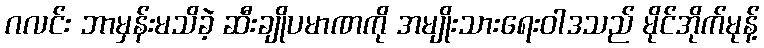
ဂလင်း ဘာမှန်းမသိခဲ့ ဆီးချိုပမာဏကို အမျိုးသားရေးဝါဒသည် မိုင်အိုက်မုန့်